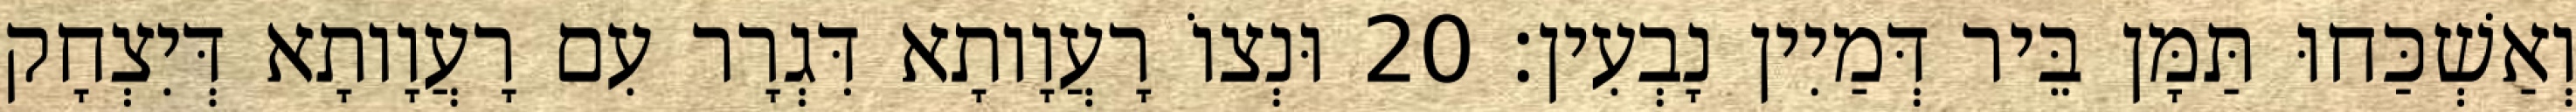
וְאַשְׁכַּחוּ תַּמָּן בֵּיר דְּמַיִין נָבְעִין׃ 20 וּנְצוֹ רָעֲוָותָא דִּגְרָר עִם רָעֲוָותָא דְּיִצְחָק